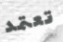
تعتمد